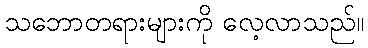
သဘောတရားများကို လေ့လာသည်။